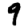
Digit: 9